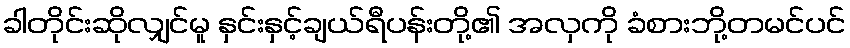
ခါတိုင်းဆိုလျှင်မူ နှင်းနှင့်ချယ်ရီပန်းတို့၏ အလှကို ခံစားဘို့တမင်ပင်